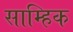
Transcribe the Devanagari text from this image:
साम्हिक